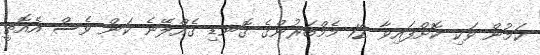
ކަމުން ވަކި ކޮށްފައިވާ 12 މެމްބަރުންގެ ގޮނޑި ގެއްލޭނެ ކަން ވެސް އެއޮތީ